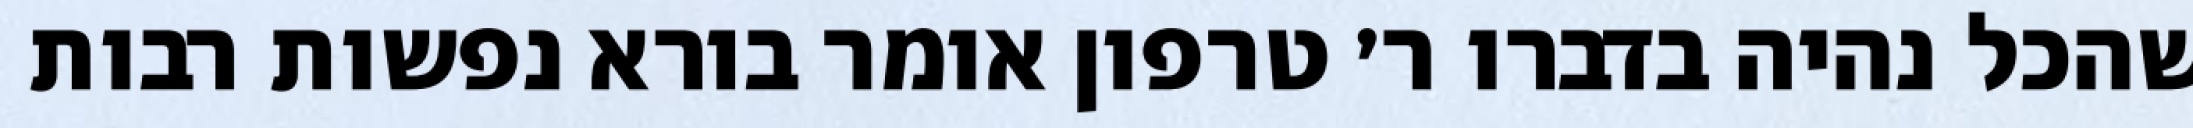
שהכל נהיה בדברו ר׳ טרפון אומר בורא נפשות רבות